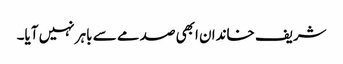
شریف خاندان ابھی صدمے سے باہر نہیں آیا۔